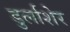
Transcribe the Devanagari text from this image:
डुर्लाशेर